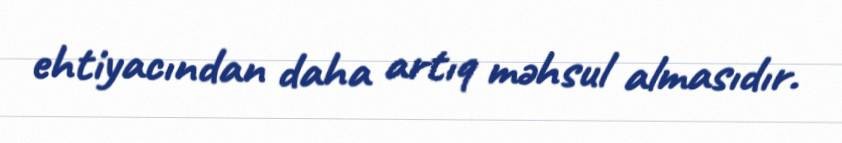
ehtiyacından daha artıq məhsul almasıdır.